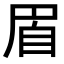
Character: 𦤋